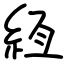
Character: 絚